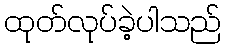
ထုတ်လုပ်ခဲ့ပါသည်